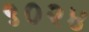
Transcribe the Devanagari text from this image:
९०२४